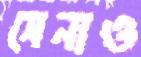
সেনাও